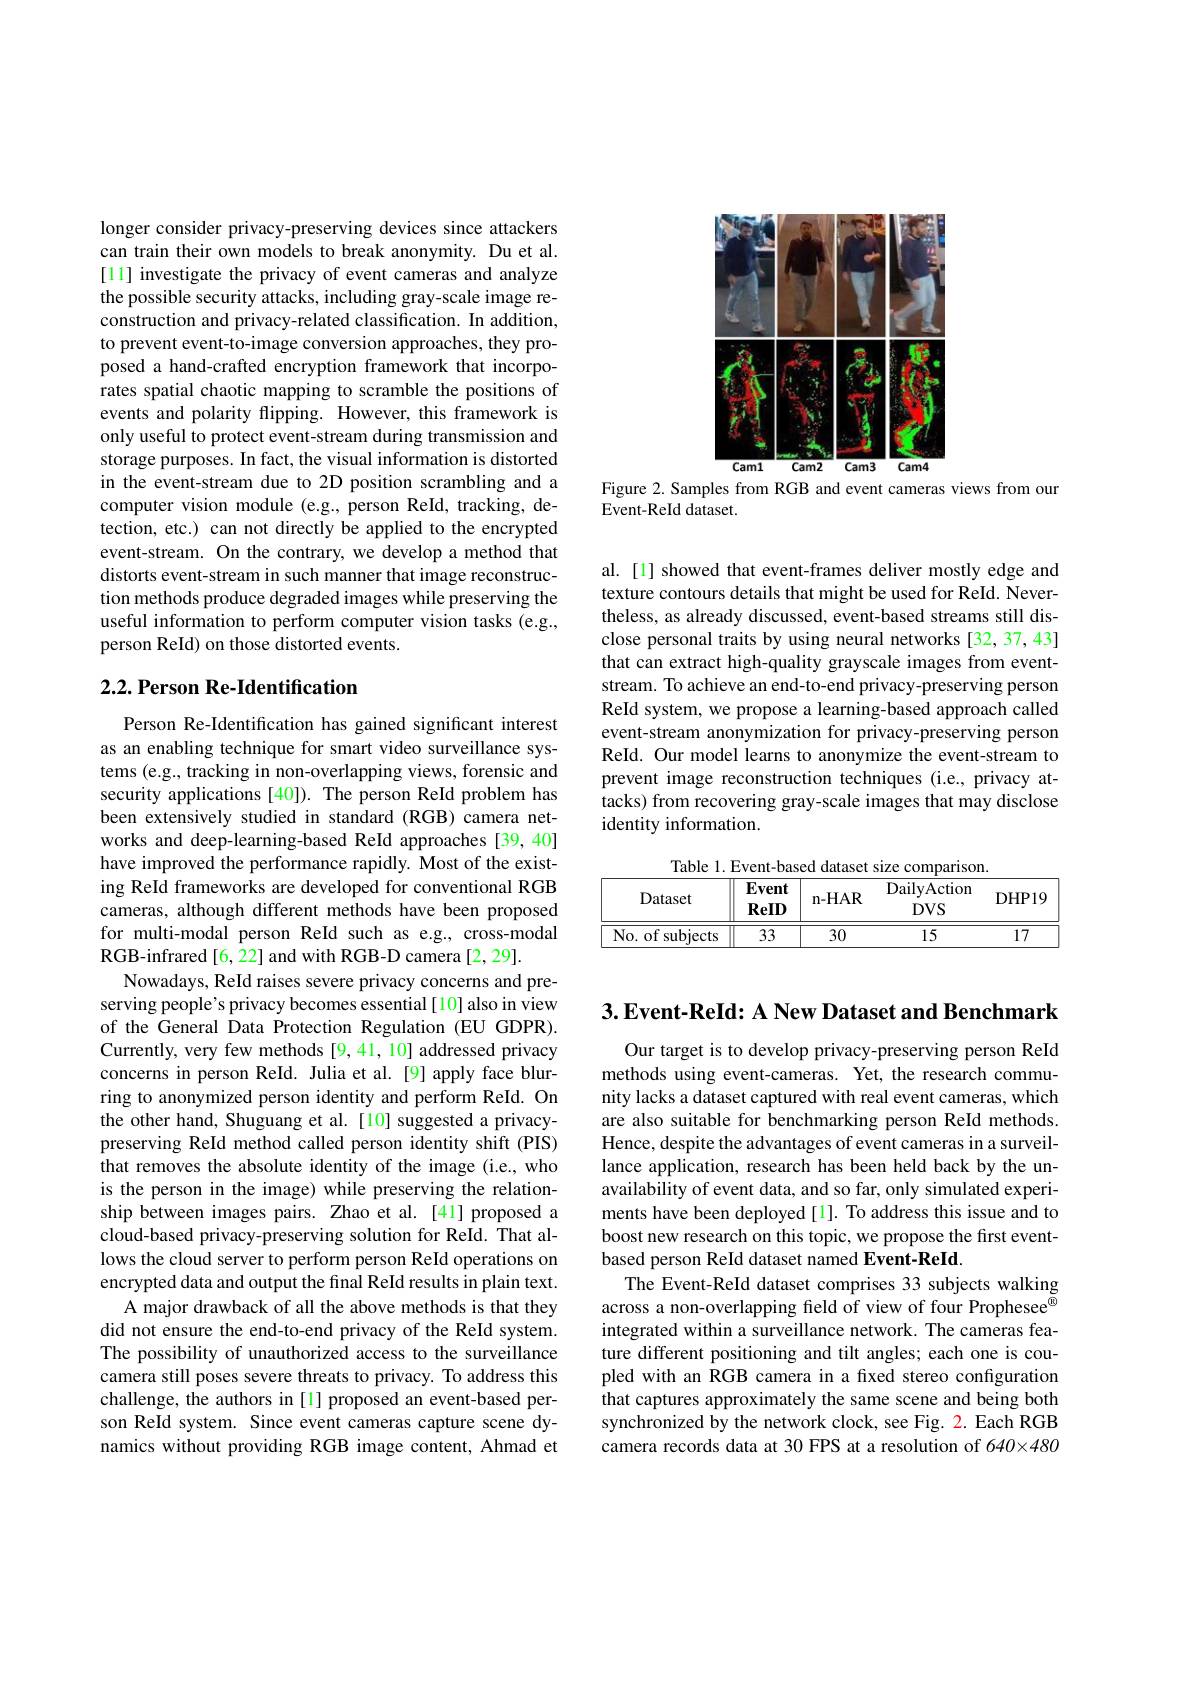
longer consider privacy-preserving devices since attackers can train their own models to break anonymity. Du et al. [11] investigate the privacy of event cameras and analyze the possible security attacks, including gray-scale image reconstruction and privacy-related classification. In addition, to prevent event-to-image conversion approaches, they proposed a hand-crafted encryption framework that incorporates spatial chaotic mapping to scramble the positions of events and polarity flipping. However, this framework is only useful to protect event-stream during transmission and storage purposes. In fact, the visual information is distorted in the event-stream due to 2D position scrambling and a computer vision module (e.g., person ReId, tracking, detection, etc.) can not directly be applied to the encrypted event-stream. On the contrary, we develop a method that distorts event-stream in such manner that image reconstruction methods produce degraded images while preserving the useful information to perform computer vision tasks (e.g., person ReId) on those distorted events.

## $2. 2. \textbf{ Person Re- Identification}$

Person Re-Identification has gained significant interest as an enabling technique for smart video surveillance systems (e.g., tracking in non-overlapping views, forensic and security applications [40]). The person ReId problem has been extensively studied in standard (RGB) camera networks and deep-learning-based ReId approaches [39,40] have improved the performance rapidly. Most of the existing ReId frameworks are developed for conventional RGB cameras, although different methods have been proposed for multi-modal person ReId such as e.g., cross-modal RGB- infrared [ 6, 22] and with RGB- D camera [ 2, 29] .
Nowadays, ReId raises severe privacy concerns and preserving people's privacy becomes essential[10] also in view of the General Data Protection Regulation (EU GDPR). Currently, very few methods [9,41,10] addressed privacy concerns in person ReId. Julia et al.[9] apply face blurring to anonymized person identity and perform ReId. On the other hand, Shuguang et al.[10] suggested a privacypreserving ReId method called person identity shift (PIS) that removes the absolute identity of the image (i.e., who is the person in the image) while preserving the relationship between images pairs. Zhao et al. [41] proposed a cloud-based privacy-preserving solution for ReId. That allows the cloud server to perform person ReId operations on encrypted data and output the final ReId results in plain text.
A major drawback of all the above methods is that they did not ensure the end-to-end privacy of the ReId system. The possibility of unauthorized access to the surveillance camera still poses severe threats to privacy. To address this challenge, the authors in [1] proposed an event-based person ReId system. Since event cameras capture scene dynamics without providing RGB image content, Ahmad et

<FigureHere>

Figure 2. Samples from RGB and event cameras views from our
Event-ReId dataset.

al. [1] showed that event-frames deliver mostly edge and texture contours details that might be used for ReId. Nevertheless, as already discussed, event-based streams still disclose personal traits by using neural networks [32,37,43] that can extract high-quality grayscale images from eventstream. To achieve an end-to-end privacy-preserving person ReId system, we propose a learning-based approach called event-stream anonymization for privacy-preserving person ReId. Our model learns to anonymize the event-stream to prevent image reconstruction techniques (i.e., privacy attacks) from recovering gray-scale images that may disclose identity information.

Table 1. Event-based dataset size comparison
<table>
	<tbody>
		<tr>
			<th>Dataset</th>
			<th>Event ReID</th>
			<th>n- HAR</th>
			<th>${\mathrm{DailyAction}}$ $DVS$</th>
			<th>DHP19</th>
		</tr>
		<tr>
			<td>No. of subjects</td>
			<td>33</td>
			<td>30</td>
			<td>15</td>
			<td>17</td>
		</tr>
	</tbody>
</table>

$3. \textbf{Event- ReId: A New Dataset and Benchmark}$

Our target is to develop privacy-preserving person ReId methods using event-cameras. Yet, the research community lacks a dataset captured with real event cameras, which are also suitable for benchmarking person ReId methods. Hence, despite the advantages of event cameras in a surveillance application, research has been held back by the unavailability of event data, and so far, only simulated experiments have been deployed [1]. To address this issue and to boost new research on this topic, we propose the first eventbased person ReId dataset named Event-ReId
The Event-ReId dataset comprises 33 subjects walking across a non-overlapping field of view of four Prophesee$^{\textcircled{\mathrm{n}}}$ integrated within a surveillance network. The cameras feature different positioning and tilt angles; each one is coupled with an RGB camera in a fixed stereo configuration that captures approximately the same scene and being both synchronized by the network clock, see Fig. 2. Each RGB camera records data at 30 FPS at a resolution of 640×480